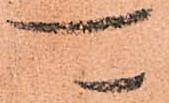
可